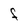
Character: F